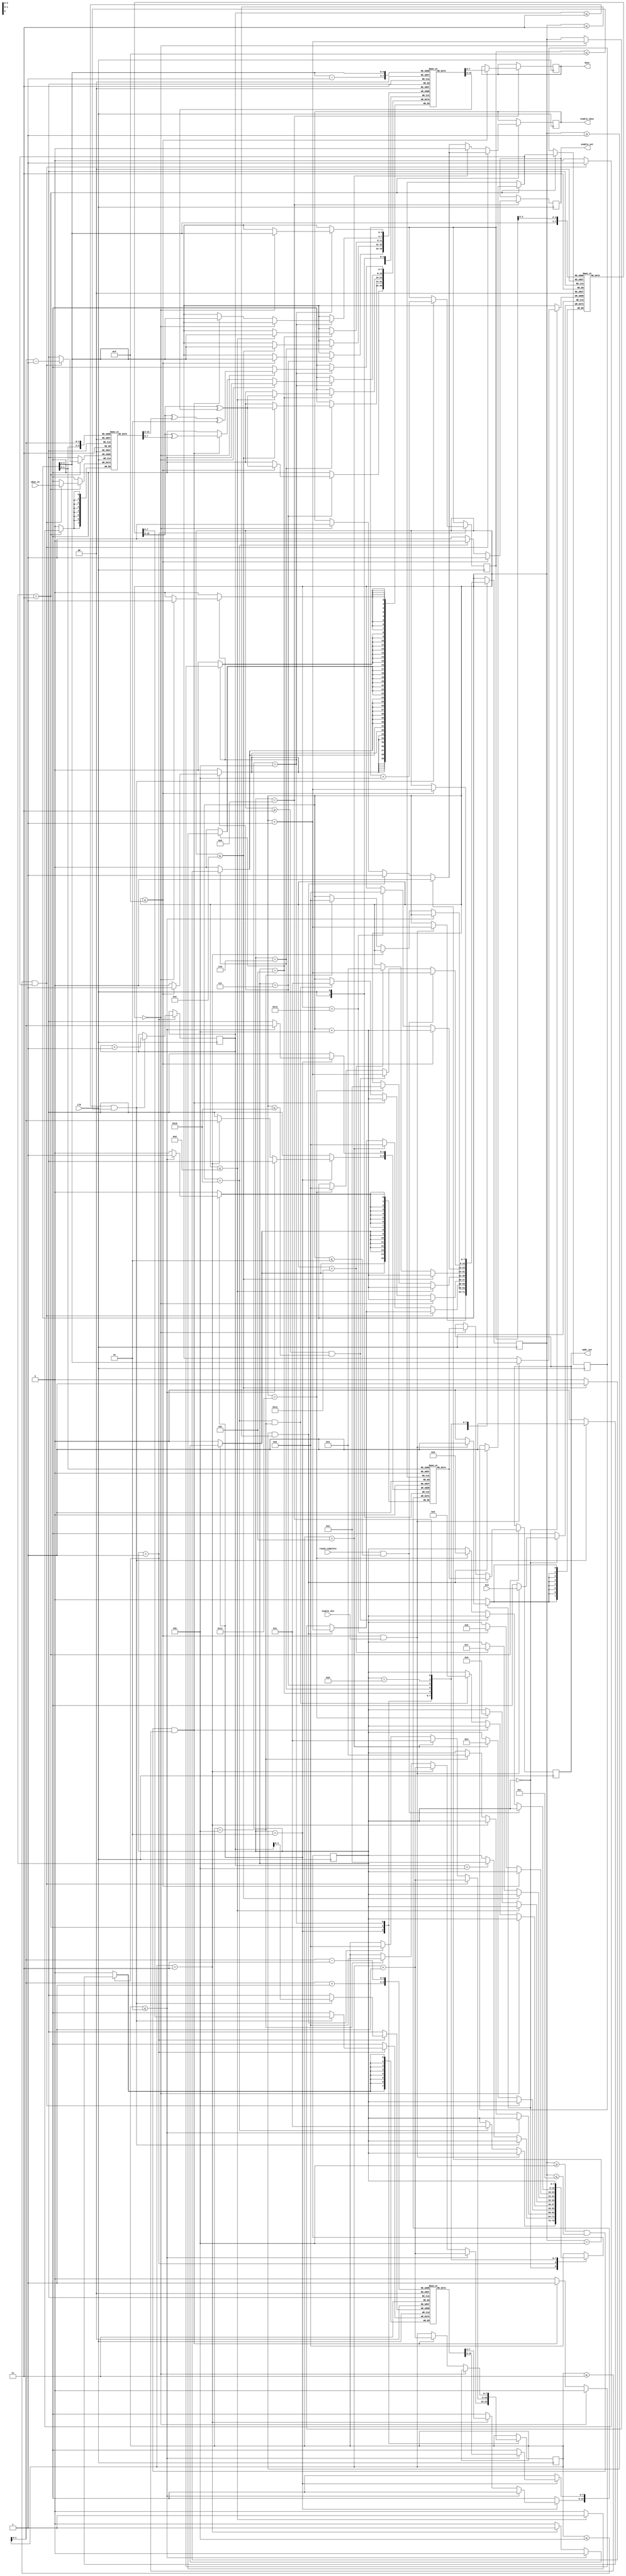
`timescale 1ns / 1ps
//////////////////////////////////////////////////////////////////////////////////
// Company: 
// Engineer: 
// 
// Design Name: 
// Module Name:    keyExp1 
// Project Name: 
// Target Devices: 
// Tool versions: 
// Description: 
//
// Dependencies: 
//
// Revision: 
// Revision 0.01 - File Created
// Additional Comments: 
//
//////////////////////////////////////////////////////////////////////////////////
module keyExp2(clk,din,addr_out,sbox_in,dout,enable_out,enable_sbox,enable_din,round_complete);
input clk,enable_din,round_complete;
input [7:0]din,sbox_in;
output reg[7:0]dout,addr_out;
output enable_out,enable_sbox;
reg enable_out =1'd0;
reg enable_sbox =1'd0;
reg [7:0] co =8'd0;
reg [7:0] ca =8'd0;
reg [7:0] cb =8'd3;
reg [7:0] cc =8'd0;
reg [7:0] state =8'd0;
reg [7:0]mem_key[0:15];
reg [7:0] mem_rot [0:3];
reg [7:0] mem_col1 [0:3];
reg [7:0] mem_addr [0:3];
reg [7:0] mem_sbox [0:3];
reg [7:0] key_out [0:15];
reg a=0;
always@(posedge clk)begin
case(state)
8'd0:begin
    if(co<=8'd15 && enable_din==1)begin
	    mem_key[co] <= din;
		 co <= co +8'd1;
		 end
		 else if  (co == 8'd16)begin
		 state <= 8'd1;
end
end
8'd1:begin
   if(ca <= 8'd3 && cb <= 8'd15)begin
	   mem_rot[ca] <= mem_key[cb];
		ca <= ca +8'd1;
		cb <= cb + 8'd4;
	end
	else if(ca == 8'd4)begin
		 state <= 8'd2;
end
end
8'd2:begin
 if(cc <= 8'd2)begin
     mem_addr[cc] <= mem_rot[cc +1];
	  cc <= cc +8'd1;
end
else if(cc == 8'd3)begin
mem_addr[cc] <=  mem_rot[cc-3];
       cc <= cc +8'd1;
end


else if (cc == 8'd4)begin
     state <= 8'd3;
	  co <= 8'd0;
	  cc<=8'd0;
end
end
8'd3:begin
if(co == 8'd0)begin
enable_sbox =1'd1;
addr_out <= mem_addr[co];
  co <= co +8'd1;
end
if(co>=8'd1 && co<= 8'd3)begin
a =1'd1;
enable_sbox =1'd1;
addr_out <= mem_addr[co];
  co <= co +8'd1;
  
  cc<=8'd0;
end
if(co==8'd4)begin
enable_sbox =1'd0;
end
if(cc <= 8'd4 && a==1)begin
mem_sbox[cc-1] <= sbox_in;
 cc <= cc +8'd1;
end
else if (cc == 8'd5)begin
state <= 8'd4;
co <= 8'd0;
cc <= 8'd1;
enable_sbox =1'd0;
end
end

8'd4:begin
 if(co==8'd0)begin
 key_out[co] <= mem_key[co] ^ mem_sbox[co] ^ 8'd2;
  co <= co +8'd4;
  end
  else if(co>=8'd4 && co<= 8'd12 && cc<=3)begin
  key_out[co] <= mem_key[co] ^ mem_sbox[cc];
  co <= co +8'd4;
  cc <= cc +8'd1;
  end
  else if(co==8'd16 && cc== 8'd4)begin
    state <= 8'd5;
co <= 8'd1;
  end
  end
  
  8'd5:begin
   if(co<=8'd13)begin
   key_out[co] <= mem_key[co] ^ key_out[co-1];
   co <= co +8'd4;
  end
  else if(co==8'd17)begin
    state <= 8'd6;
co <= 8'd2;
  end
  end
8'd6:begin  
  if(co<=8'd14)begin
   key_out[co] <= mem_key[co] ^ key_out[co-1];
   co <= co +8'd4;
  end
  else if(co==8'd18)begin
    state <= 8'd7;
   co <= 8'd3;
  end  
  end
8'd7:begin   
  if(co<=8'd15)begin
   key_out[co] <= mem_key[co] ^ key_out[co-1];
   co <= co +8'd4;
  end
  else if(co==8'd19)begin
    state <= 8'd8;
   co <= 8'd0;
  end  
  end
  8'd8:begin
     if(round_complete==1 && co<= 8'd2)begin
         	  co<=co+8'd1;
				  end
		else if (co >=8'd3 && co <= 8'd16)begin
		 co<=co+8'd1;
              end		
				  else if(co==8'd17)begin
				  state<=8'd9;
				  co <= 8'd0;
				  end
				  end
  8'd9:begin
         enable_out<=1'd1;
			 if(co<=8'd15)begin
			 dout <= key_out[co];
			 co <= co +8'd1; 
end	
     else if(co == 8'd16)begin
	  enable_out<=1'd0;
end	  
  end
default : state <=8'd0;
endcase
end

endmodule